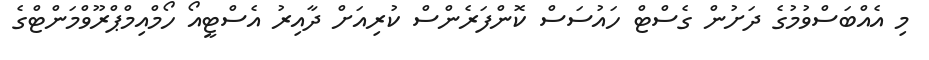
މި އެއްބަސްވުމުގެ ދަށުން ގެސްޓް ހައުސަސް ކޮންފަރެންސް ކުރިއަށް ދާއިރު އެސްޓީއޯ ހޯމްއިމްޕްރޫވްމަންޓްގެ